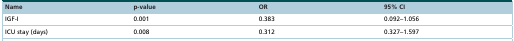
| Name | p-value | OR | 95% CI |
 | --- | --- | --- | --- |
 | IGF-I | 0.001 | 0.383 | 0.092–1.056 |
 | ICU stay (days) | 0.008 | 0.312 | 0.327–1.597 |